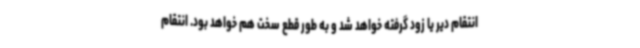
انتقام دیر یا زود گرفته خواهد شد و به طور قطع سخت هم خواهد بود. انتقام